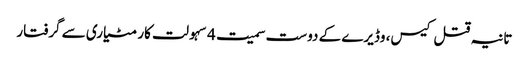
تانیہ قتل کیس، وڈیرے کے دوست سمیت 4 سہولت کار مٹیاری سے گرفتار